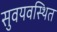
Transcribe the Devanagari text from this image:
सुवयवस्थित